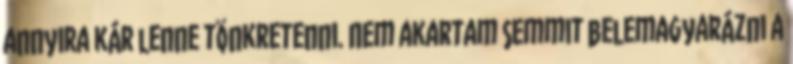
annyira kár lenne tönkretenni. Nem akartam semmit belemagyarázni a